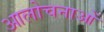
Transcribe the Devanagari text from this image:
आलोचनाआें